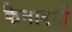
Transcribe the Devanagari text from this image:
कैनाडाई